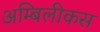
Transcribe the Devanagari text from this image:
अम्बिलीकस